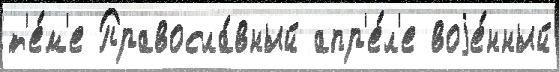
т'е́м'е Правосла́вный апр'е́л'е воjе́нный